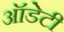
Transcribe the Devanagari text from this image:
ऑडेटी